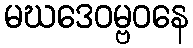
မဃဒေဝမ္ဗဝနေ